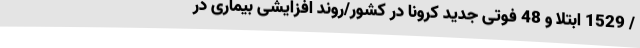
/ 1529 ابتلا و 48 فوتی جدید کرونا در کشور/روند افزایشی بیماری در